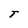
Character: T